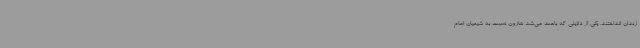
زندان انداختند. یکی از دلایلی که باعث می‌شد هارون نسبت به شیعیان امام